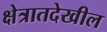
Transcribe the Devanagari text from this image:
क्षेत्रातदेखील